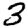
Digit: 3